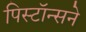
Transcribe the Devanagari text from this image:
पिस्टॉन्सने